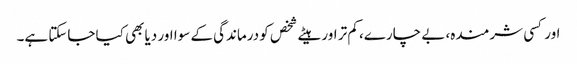
اور کسی شرمندہ، بے چارے، کم تر اور ہیٹے شخص کو درماندگی کے سوا اور دیا بھی کیا جاسکتا ہے۔